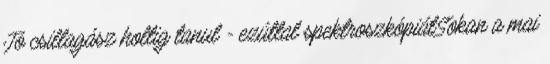
Jó csillagász holtig tanul - ezúttal spektroszkópiátSokan a mai